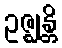
ဥဇ္ဈန္တိ